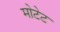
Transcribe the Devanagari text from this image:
मोटेट